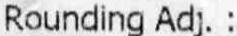
ROUNDING ADJ. :